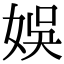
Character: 娛